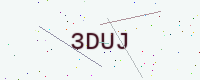
Text: 3DUJ